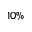
1 0 \%